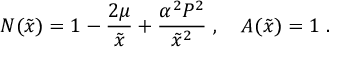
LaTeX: N ( \tilde { x } ) = 1 - \frac { 2 \mu } { \tilde { x } } + \frac { \alpha ^ { 2 } P ^ { 2 } } { \tilde { x } ^ { 2 } } \ , \ \ \ A ( \tilde { x } ) = 1 \ .